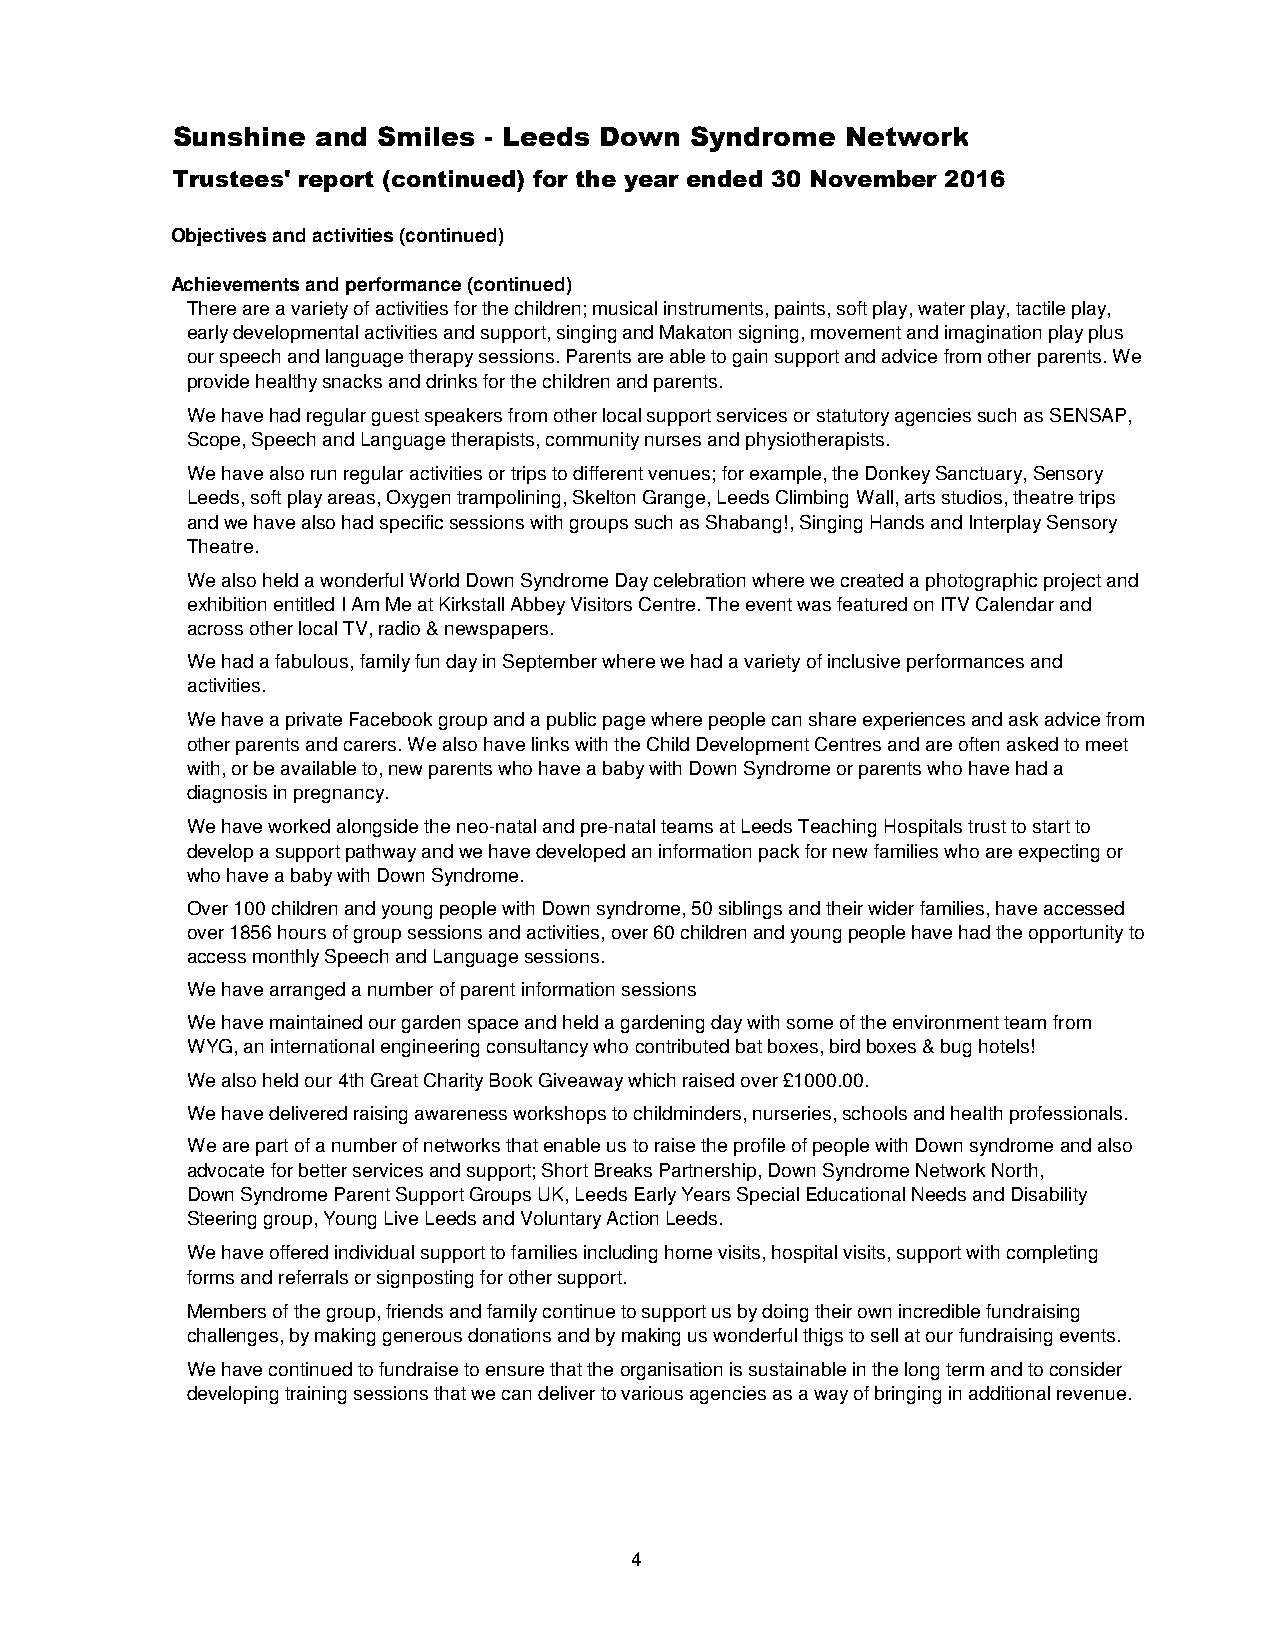
Sunshine  and Smiles - Leeds Down  Syndrome  Network
 Trustees' report (continued) for the year ended 30 November 2016
 Objectives and activities (continued)
 Achievements and performance (continued)
 There are a variety of activities for the children; musical instruments, paints, soft play, water play, tactile play,
 early developmental activities and support, singing and Makaton signing, movement and imagination play plus
 our speech and language therapy sessions. Parents are able to gain support and advice from other parents. We
 provide healthy snacks and drinks for the children and parents.
 We have had regular guest speakers from other local support services or statutory agencies such as SENSAP,
 Scope, Speech and Language therapists, community nurses and physiotherapists.
 We have also run regular activities or trips to different venues; for example, the Donkey Sanctuary, Sensory
 Leeds, soft play areas, Oxygen trampolining, Skelton Grange, Leeds Climbing Wall, arts studios, theatre trips
 and we have also had specific sessions with groups such as Shabang!, Singing Hands and Interplay Sensory
 Theatre.
 We also held a wonderful World Down Syndrome Day celebration where we created a photographic project and
 exhibition entitled I Am Me at Kirkstall Abbey Visitors Centre. The event was featured on ITV Calendar and
 across other local TV, radio & newspapers.
 We had a fabulous, family fun day in September where we had a variety of inclusive performances and
 activities.
 We have a private Facebook group and a public page where people can share experiences and ask advice from
 other parents and carers. We also have links with the Child Development Centres and are often asked to meet
 with, or be available to, new parents who have a baby with Down Syndrome or parents who have had a
 diagnosis in pregnancy.
 We have worked alongside the neo-natal and pre-natal teams at Leeds Teaching Hospitals trust to start to
 develop a support pathway and we have developed an information pack for new families who are expecting or
 who have a baby with Down Syndrome.
 Over 100 children and young people with Down syndrome, 50 siblings and their wider families, have accessed
 over 1856 hours of group sessions and activities, over 60 children and young people have had the opportunity to
 access monthly Speech and Language sessions.
 We have arranged a number of parent information sessions
 We have maintained our garden space and held a gardening day with some of the environment team from
 WYG, an international engineering consultancy who contributed bat boxes, bird boxes & bug hotels!
 We also held our 4th Great Charity Book Giveaway which raised over £1000.00.
 We have delivered raising awareness workshops to childminders, nurseries, schools and health professionals.
 We are part of a number of networks that enable us to raise the profile of people with Down syndrome and also
 advocate for better services and support; Short Breaks Partnership, Down Syndrome Network North,
 Down Syndrome Parent Support Groups UK, Leeds Early Years Special Educational Needs and Disability
 Steering group, Young Live Leeds and Voluntary Action Leeds.
 We have offered individual support to families including home visits, hospital visits, support with completing
 forms and referrals or signposting for other support.
 Members of the group, friends and family continue to support us by doing their own incredible fundraising
 challenges, by making generous donations and by making us wonderful thigs to sell at our fundraising events.
 We have continued to fundraise to ensure that the organisation is sustainable in the long term and to consider
 developing training sessions that we can deliver to various agencies as a way of bringing in additional revenue.
 4